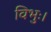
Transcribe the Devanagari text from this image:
विभुः।